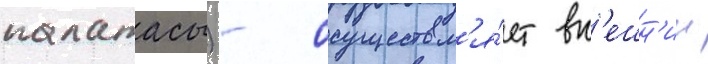
палатасы) - осуществл'я́ет вн'ешн'ии